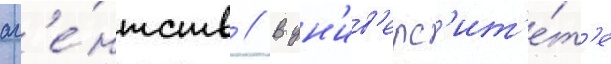
аг'е́нтств // В ун'ив'ерс'ит'е́т'е